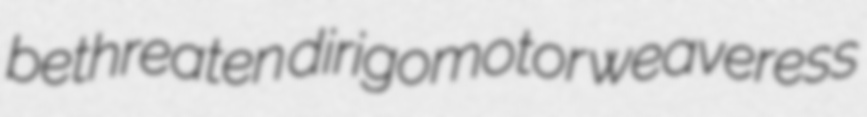
bethreaten dirigomotor weaveress